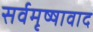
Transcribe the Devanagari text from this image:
सर्वमृष्षावाद